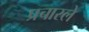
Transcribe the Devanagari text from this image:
प्रचारले